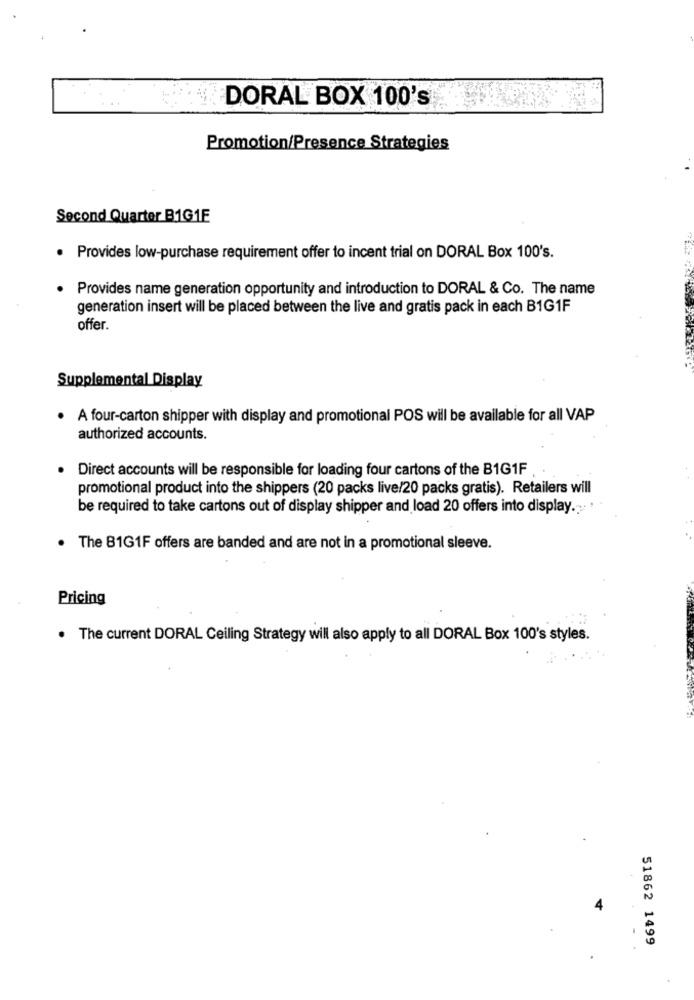
DORAL BOX 100's
Promotion/Presence Strategies
Second Quarter B1G1E
· Provides low-purchase requirement offer to incent trial on DORAL Box 100's.
Provides name generation opportunity and introduction to DORAL & Co. The name
generation insert will be placed between the live and gratis pack in each B1G1F
offer.
Supplemental Display
A four-carton shipper with display and promotional POS will be available for all VAP
authorized accounts.
Direct accounts will be responsible for loading four cartons of the B1G1F
promotional product into the shippers (20 packs live/20 packs gratis). Retailers will
be required to take cartons out of display shipper and load 20 offers into display ...
The B1G1F offers are banded and are not in a promotional sleeve.
Pricing
. The current DORAL Ceiling Strategy will also apply to all DORAL Box 100's styles.
51862 1499